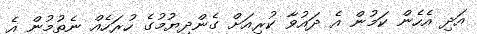
އަދި އެހެން ކަމުން އެ ދައުވާ ކުރިއަށް ގެންދިޔުމުގެ ހުރަހެއް ނެތުމުން އެ